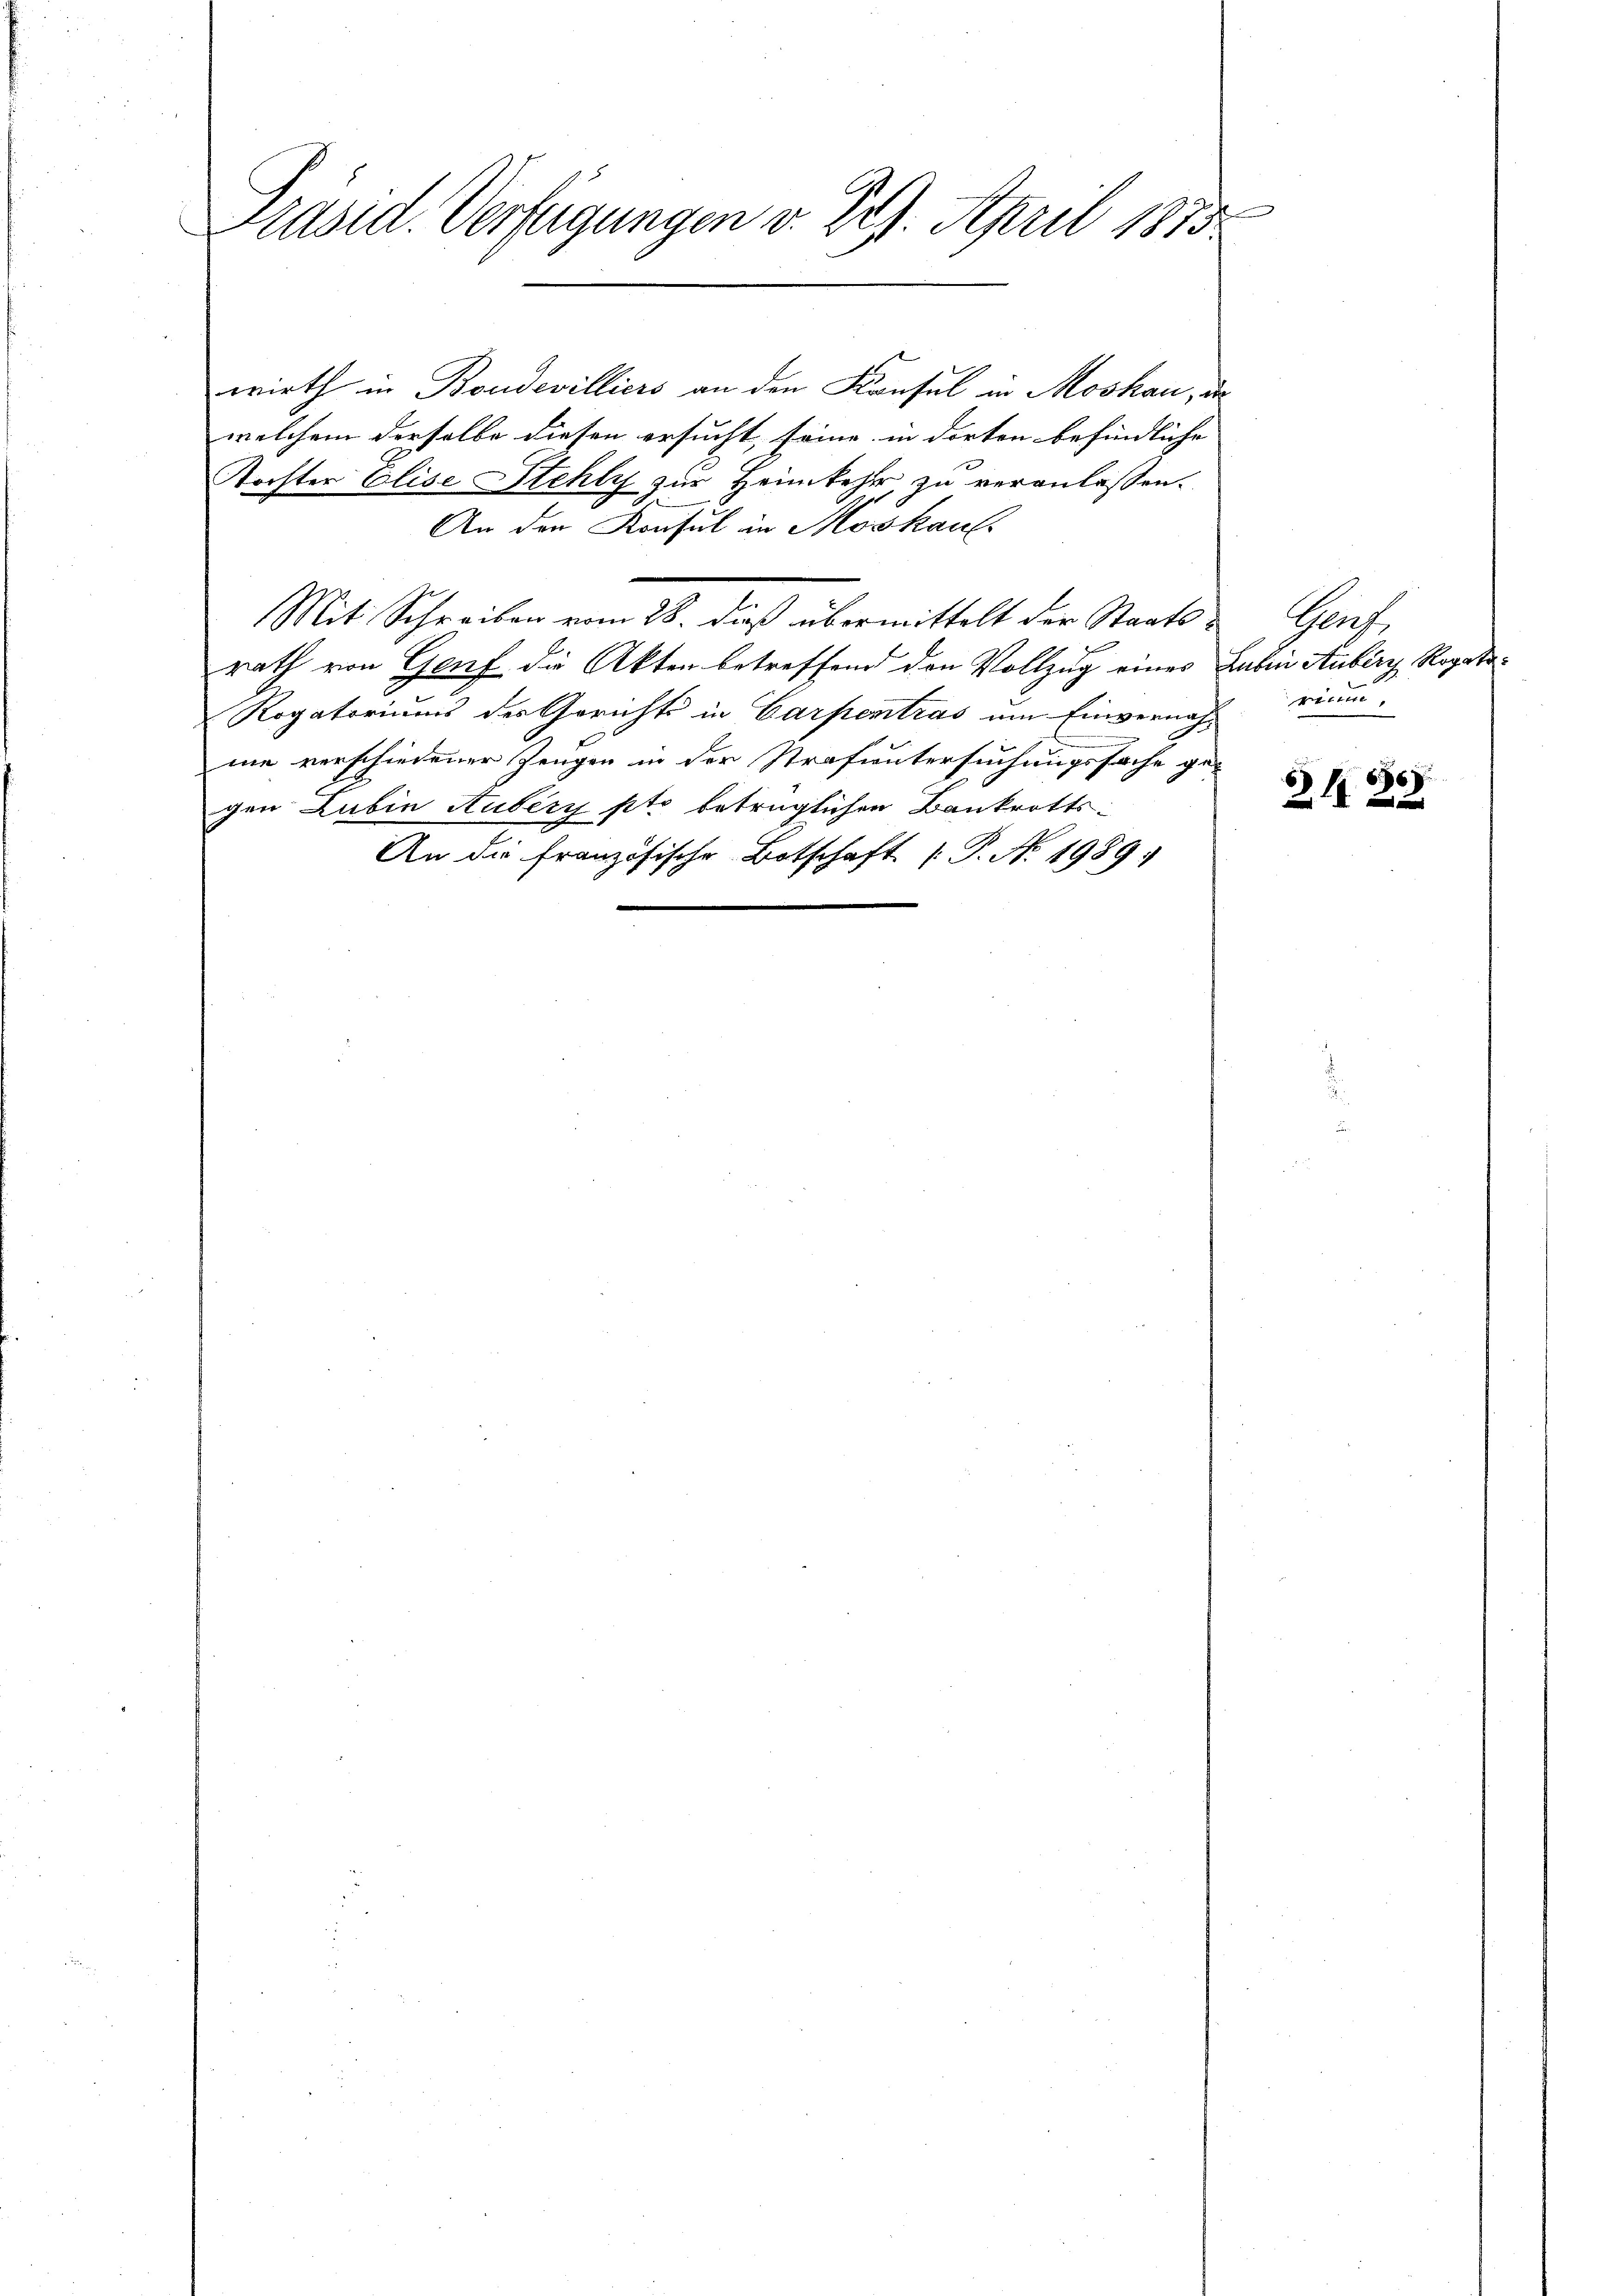
Präsid. Verfügungen v. 29. April 1813.

wirth in Boudevilliers an den Konsul in Moskau, da
welchem derselbe diesen ersucht, seine in dorten befindliche
Tochter Elise Stehly zur Heimkehr, zu veranlassen.
An den Konsul in Moskauf
Mit Schreiben vom 28. dieß übermittelt der Staats- Genf,
rath von Genf die Akten betreffend den Vollzug eines haben Anberg Rogati¬
Rogatoriums des Gerichts in Carpentras um Einvernach rien,
me verschiedener Zeugen in der Strafuntersuchungssache ge-
gen Lubin Aubry pto betrüglichen Bankrotts-
An die französische Botschaft (P. No. 1989.

66
 x